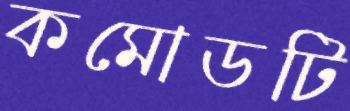
কমোডটি